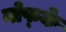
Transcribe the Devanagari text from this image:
नोफ्के